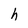
Character: h